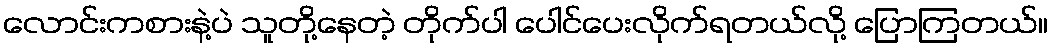
လောင်းကစားနဲ့ပဲ သူတို့နေတဲ့ တိုက်ပါ ပေါင်ပေးလိုက်ရတယ်လို့ ပြောကြတယ်။